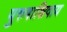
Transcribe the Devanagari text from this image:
पुरुषाशिवाय